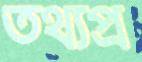
তথ্যপ্র